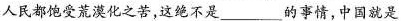
人民都饱受荒漠化之苦，这绝不是___的事情，中国就是